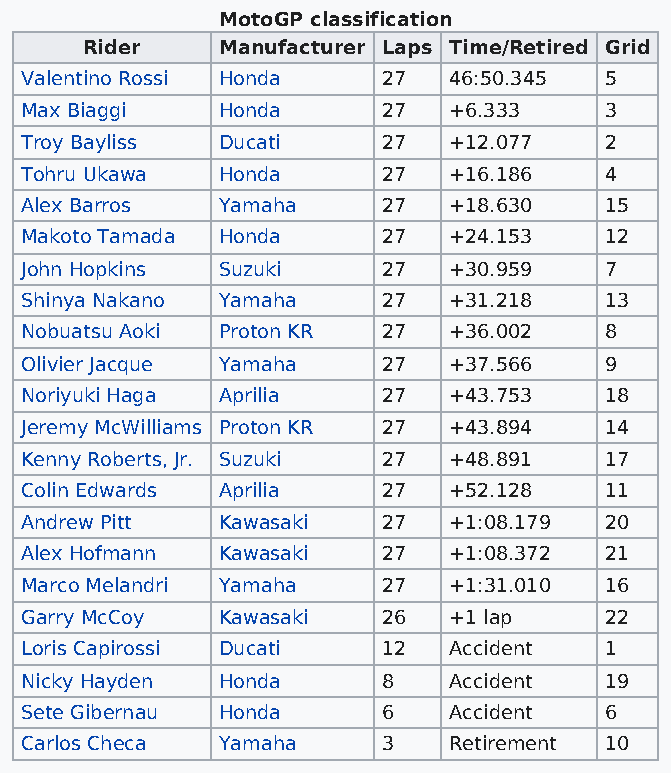
MotoGP classification
 Rider    Manufacturer Laps Time/Retired Grid
 Valentino Rossi Honda   27   46:50.345 5
 Max Biaggi   Honda      27   +6.333    3
 Troy Bayliss Ducati     27   +12.077   2
 Tohru Ukawa  Honda      27   +16.186   4
 Alex Barros  Yamaha     27   +18.630   15
 Makoto Tamada Honda     27   +24.153   12
 John Hopkins Suzuki     27   +30.959   7
 Shinya Nakano Yamaha    27   +31.218   13
 Nobuatsu Aoki Proton KR 27   +36.002   8
 Olivier Jacque Yamaha   27   +37.566   9
 Noriyuki Haga Aprilia   27   +43.753   18
 Jeremy McWilliams Proton KR 27 +43.894 14
 Kenny Roberts, Jr. Suzuki 27 +48.891   17
 Colin Edwards Aprilia   27   +52.128   11
 Andrew Pitt  Kawasaki   27   +1:08.179 20
 Alex Hofmann Kawasaki   27   +1:08.372 21
 Marco Melandri Yamaha   27   +1:31.010 16
 Garry McCoy  Kawasaki   26   +1 lap    22
 Loris Capirossi Ducati  12   Accident  1
 Nicky Hayden Honda      8    Accident  19
 Sete Gibernau Honda     6    Accident  6
 Carlos Checa Yamaha     3    Retirement 10